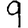
Digit: 9